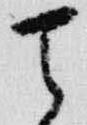
天